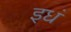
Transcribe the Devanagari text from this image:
इधं